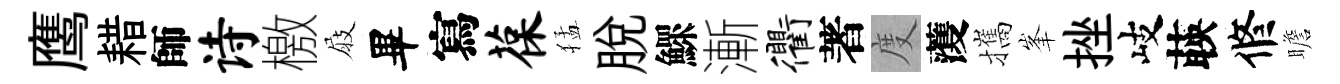
鹰耤師诗檄屐畢寫葆猛脱鰥漸衢著度𮑮攜峯挫岐𦴤修瞻